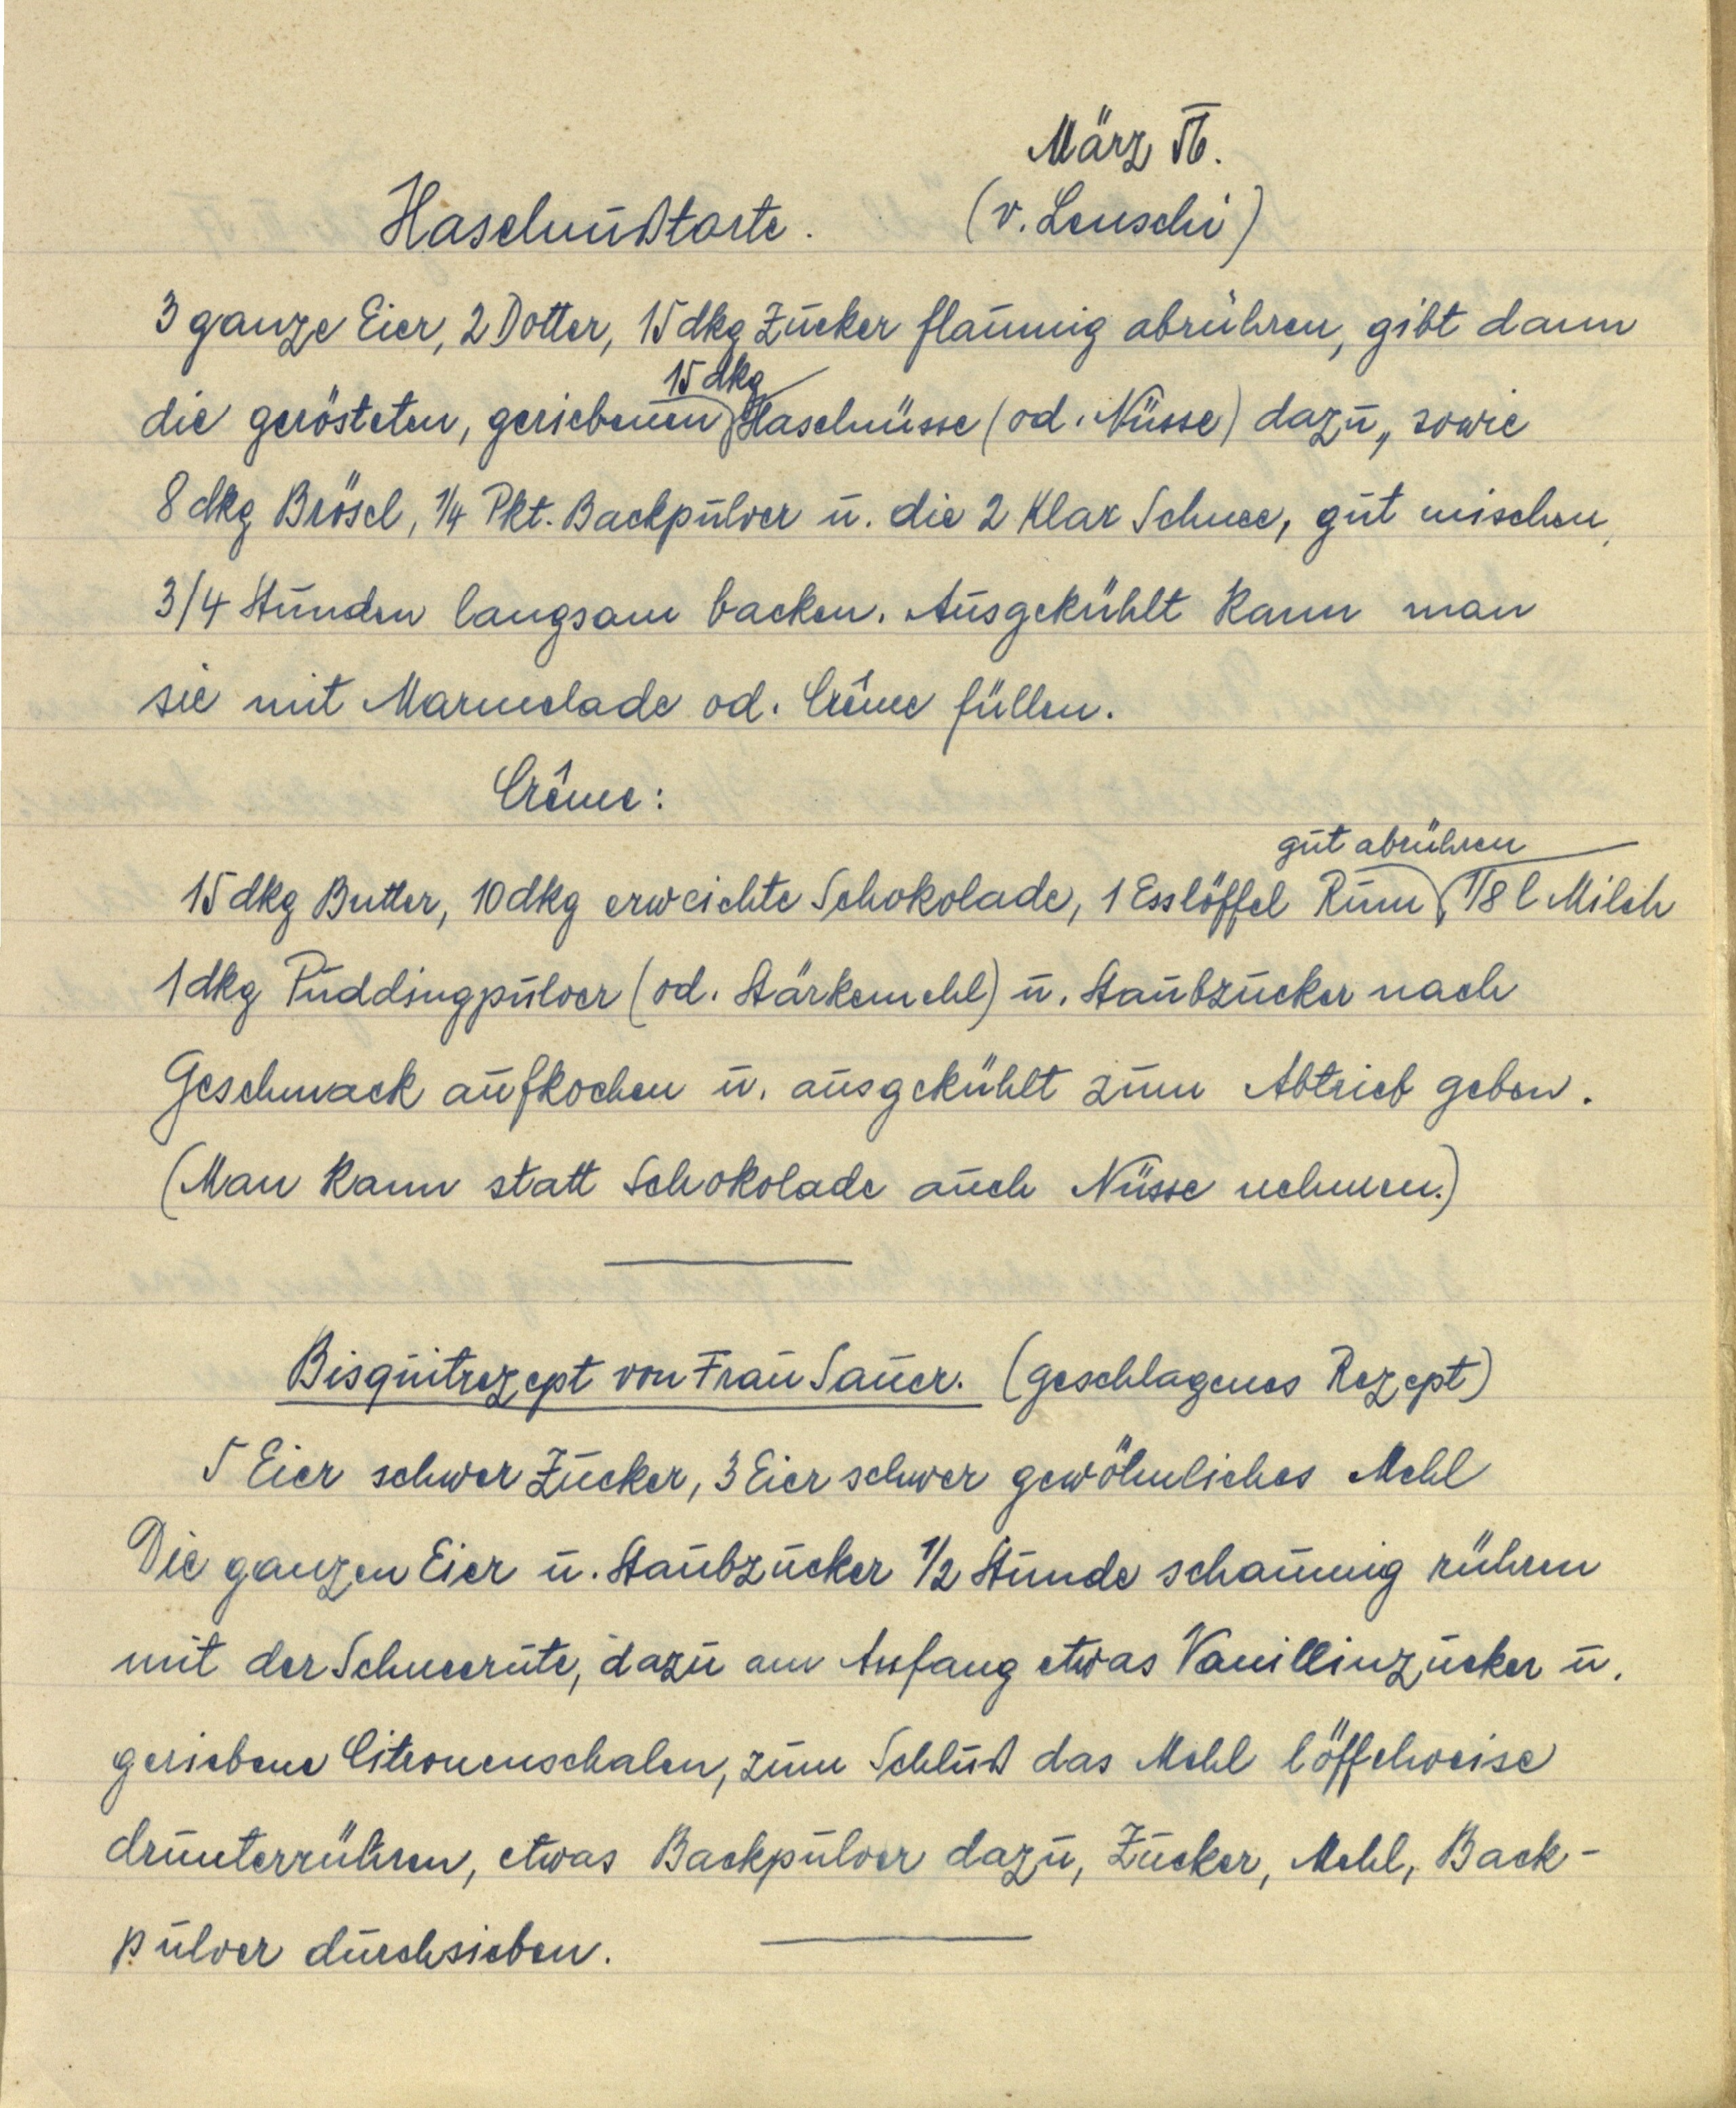
März 56.
Haselnußtorte. (v. Leuschi)
3 ganze Eier, 2 Dotter, 15 dkg Zucker flaumig abrühren, gibt dann
die gerösteten, geriebenen 15 dkg Haselnüsse (od. Nüsse) dazu, sowie
8 dkg Brösel, ¼ Pkt. Backpulver u. die 2 Klar Schnee, gut mischen
¾ Stunden langsam backen. Ausgekühlt kann man
sie mit Marmelade od. Crême füllen.
Crême:
gut abrühren
15 dkg Butter, 10 dkg erweichte Schokolade, 1 Esslöffel Rum, ⅛ l Milch
1 dkg Puddingpulver (od. Stärkemehl) u. Staubzucker nach
Geschmack aufkochen u. ausgekühlt zum Abtrieb geben.
(Man kann statt Schokolade auch Nüsse nehmen.)

Bisquitrezept von Frau Sauer. (geschlagenes Rezept)
5 Eier schwer Zucker, 3 Eier schwer gewöhnliches Mehl
Die ganzen Eier u. Staubzucker ½ Stunde schaumig rühren
mit der Schneerute, dazu am Anfang etwas Vanillinzucker u.
geriebene Citronenschalen, zum Schluß das Mehl löffelweise
drunterrühren, etwas Backpulver dazu, Zucker, Mehl, Back¬
pulver durchsieben.